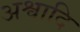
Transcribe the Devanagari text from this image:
अश्वादि